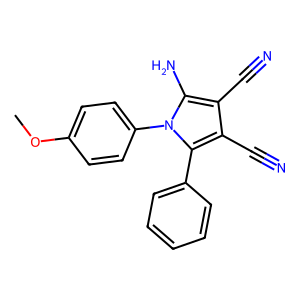
SMILES: COc1ccc(-n2c(N)c(C#N)c(C#N)c2-c2ccccc2)cc1
Inhibits HIV replication: No